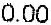
0.00